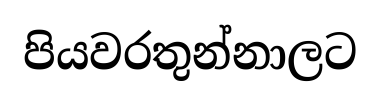
පියවරතුන්නාලට